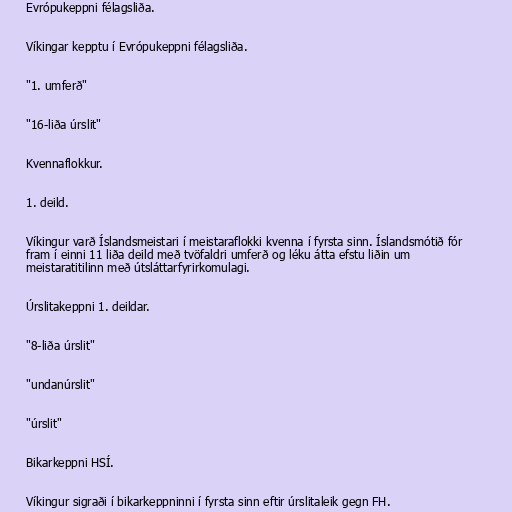
Evrópukeppni félagsliða.

Víkingar kepptu í Evrópukeppni félagsliða.

"1. umferð"

"16-liða úrslit"

Kvennaflokkur.

1. deild.

Víkingur varð Íslandsmeistari í meistaraflokki kvenna í fyrsta sinn. Íslandsmótið fór
fram í einni 11 liða deild með tvöfaldri umferð og léku átta efstu liðin um
meistaratitilinn með útsláttarfyrirkomulagi.

Úrslitakeppni 1. deildar.

"8-liða úrslit"

"undanúrslit"

"úrslit"

Bikarkeppni HSÍ.

Víkingur sigraði í bikarkeppninni í fyrsta sinn eftir úrslitaleik gegn FH.